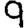
Digit: 9